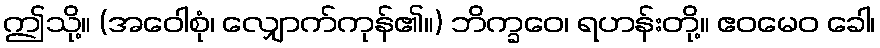
ဤသို့။ (အဝေါစုံ၊ လျှောက်ကုန်၏။) ဘိက္ခဝေ၊ ရဟန်းတို့။ ဧဝမေဝ ခေါ၊